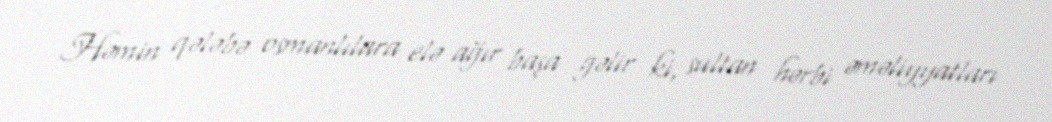
Həmin qələbə osmanlılara elə ağır başa gəlir ki, sultan hərbi əməliyyatları